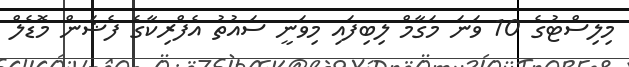
މިލިސްޓުގެ 10 ވަނަ މަގާމް ލިބިފައި މިވަނީ ސައުތު އެފްރިކާގެ ފެޝަން މޮޑެލް